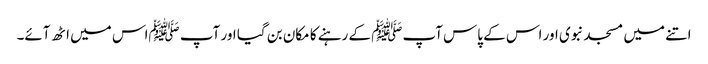
اتنے میں مسجد نبوی اور اس کے پاس آپﷺ کے رہنے کا مکان بن گیا اور آپ ﷺاس میں اٹھ آئے۔